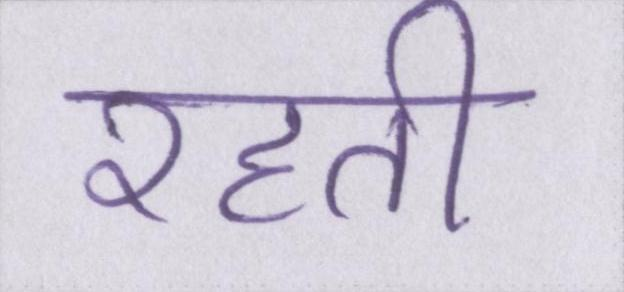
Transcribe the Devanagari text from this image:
रहती